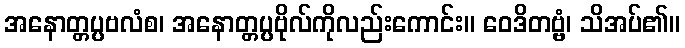
အနောတ္တပ္ပဗလံစ၊ အနောတ္တပ္ပဗိုလ်ကိုလည်းကောင်း။ ဝေဒိတဗ္ဗံ၊ သိအပ်၏။